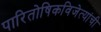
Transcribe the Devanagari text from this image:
पारितोषिकविजेत्यांची